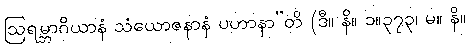
ဩရမ္ဘာဂိယာနံ သံယောဇနာနံ ပဟာနာ”တိ (ဒီ။ နိ။ ၁။၃၇၃၊ မ။ နိ။